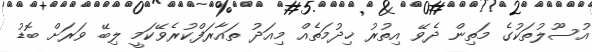
އުސޫލުތަކުގެ މަތިން ދެވޭ އިތުރު ޚިދުމަތެއް މިއަދު ތައާރަފްކުރެވޭކަމީ ލިބޭ ވަރަށް ބޮޑު